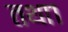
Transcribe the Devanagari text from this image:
तथा१